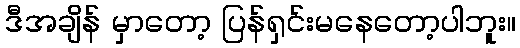
ဒီအချိန် မှာတော့ ပြန်ရှင်းမနေတော့ပါဘူး။